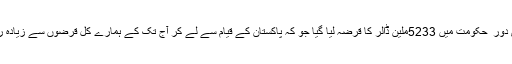
زرداری دور ِ حکومت میں 5233ملین ڈالر کا قرضہ لیا گیا جو کہ پاکستان کے قیام سے لے کر آج تک کے ہمارے کل قرضوں سے زیادہ رقم ہے ۔